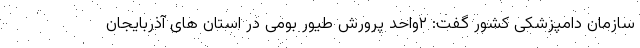
سازمان دامپزشکی کشور گفت: ۲واحد پرورش طیور بومی در استان های آذربایجان